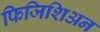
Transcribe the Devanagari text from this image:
फिजिशिअन